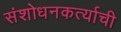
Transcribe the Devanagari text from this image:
संशोधनकर्त्याची